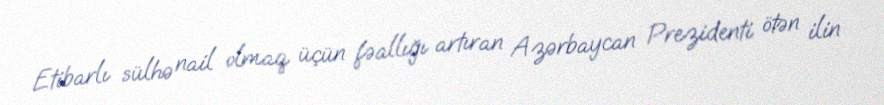
Etibarlı sülhə nail olmaq üçün fəallığı artıran Azərbaycan Prezidenti ötən ilin